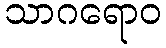
သာဂရောဝ